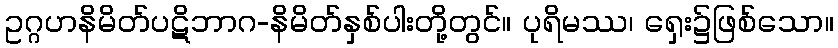
ဥဂ္ဂဟနိမိတ်ပဋိဘာဂ-နိမိတ်နှစ်ပါးတို့တွင်။ ပုရိမဿ၊ ရှေး၌ဖြစ်သော။